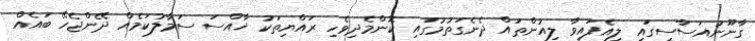
ގާނޫނުއަސާސީގައި ލިއެފައިވާ ލިއުންތައް ދެނެގަތުމުގައި ކޮންމެދިވެހި ރައްޔިތަކު ޚާއްސަ ސަމާލުކަމެއް ދޭންޖެހޭ ބައެއް